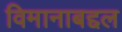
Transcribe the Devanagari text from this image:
विमानाबद्दल